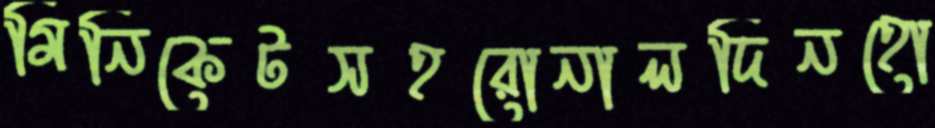
মিনিকেটসহরোনালদিনহো